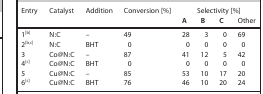
<table><thead><tr><td><b>Entry</b></td><td><b>Catalyst</b></td><td><b>Addition</b></td><td><b>Conversion [%]</b></td><td colspan="4"><b>Selectivity [%]</b></td></tr><tr><td>[EMPTY_CELL]</td><td>[EMPTY_CELL]</td><td>[EMPTY_CELL]</td><td>[EMPTY_CELL]</td><td><b>A</b></td><td><b>B</b></td><td><b>C</b></td><td><b>Other</b></td></tr></thead><tbody><tr><td>1<sup>[b]</sup></td><td>N:C</td><td>–</td><td>49</td><td>28</td><td>3</td><td>0</td><td>69</td></tr><tr><td>2<sup>[b,c]</sup></td><td>N:C</td><td>BHT</td><td>0</td><td>0</td><td>0</td><td>0</td><td>0</td></tr><tr><td>3</td><td>Co@N:C</td><td>–</td><td>87</td><td>41</td><td>12</td><td>5</td><td>42</td></tr><tr><td>4<sup>[c]</sup></td><td>Co@N:C</td><td>BHT</td><td>0</td><td>0</td><td>0</td><td>0</td><td>0</td></tr><tr><td>5</td><td>Cu@N:C</td><td>–</td><td>85</td><td>53</td><td>10</td><td>17</td><td>20</td></tr><tr><td>6<sup>[c]</sup></td><td>Cu@N:C</td><td>BHT</td><td>76</td><td>46</td><td>10</td><td>20</td><td>24</td></tr></tbody></table>